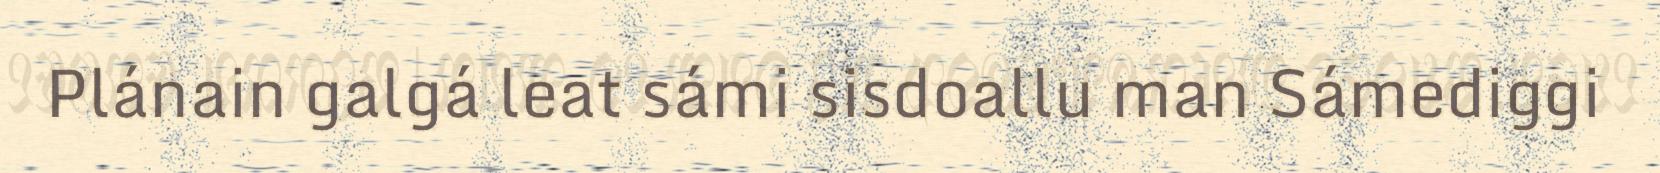
Plánain galgá leat sámi sisdoallu man Sámediggi